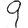
Digit: 9